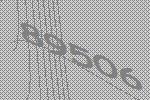
89506